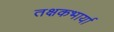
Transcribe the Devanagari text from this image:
तक्षकभार्या